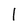
Character: 1